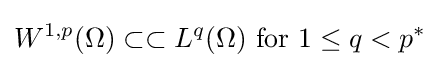
W^{1,p}(\Omega )\subset \subset L^{q}(\Omega ){\text{ for }}1\leq q<p^{*}